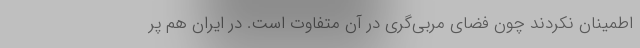
اطمینان نکردند چون فضای مربی‌گری در آن متفاوت است. در ایران هم پر